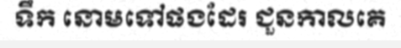
ទឹក នោមទៅផងដែរ ជួនកាលគេ